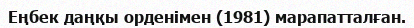
Еңбек даңқы орденімен (1981) марапатталған.